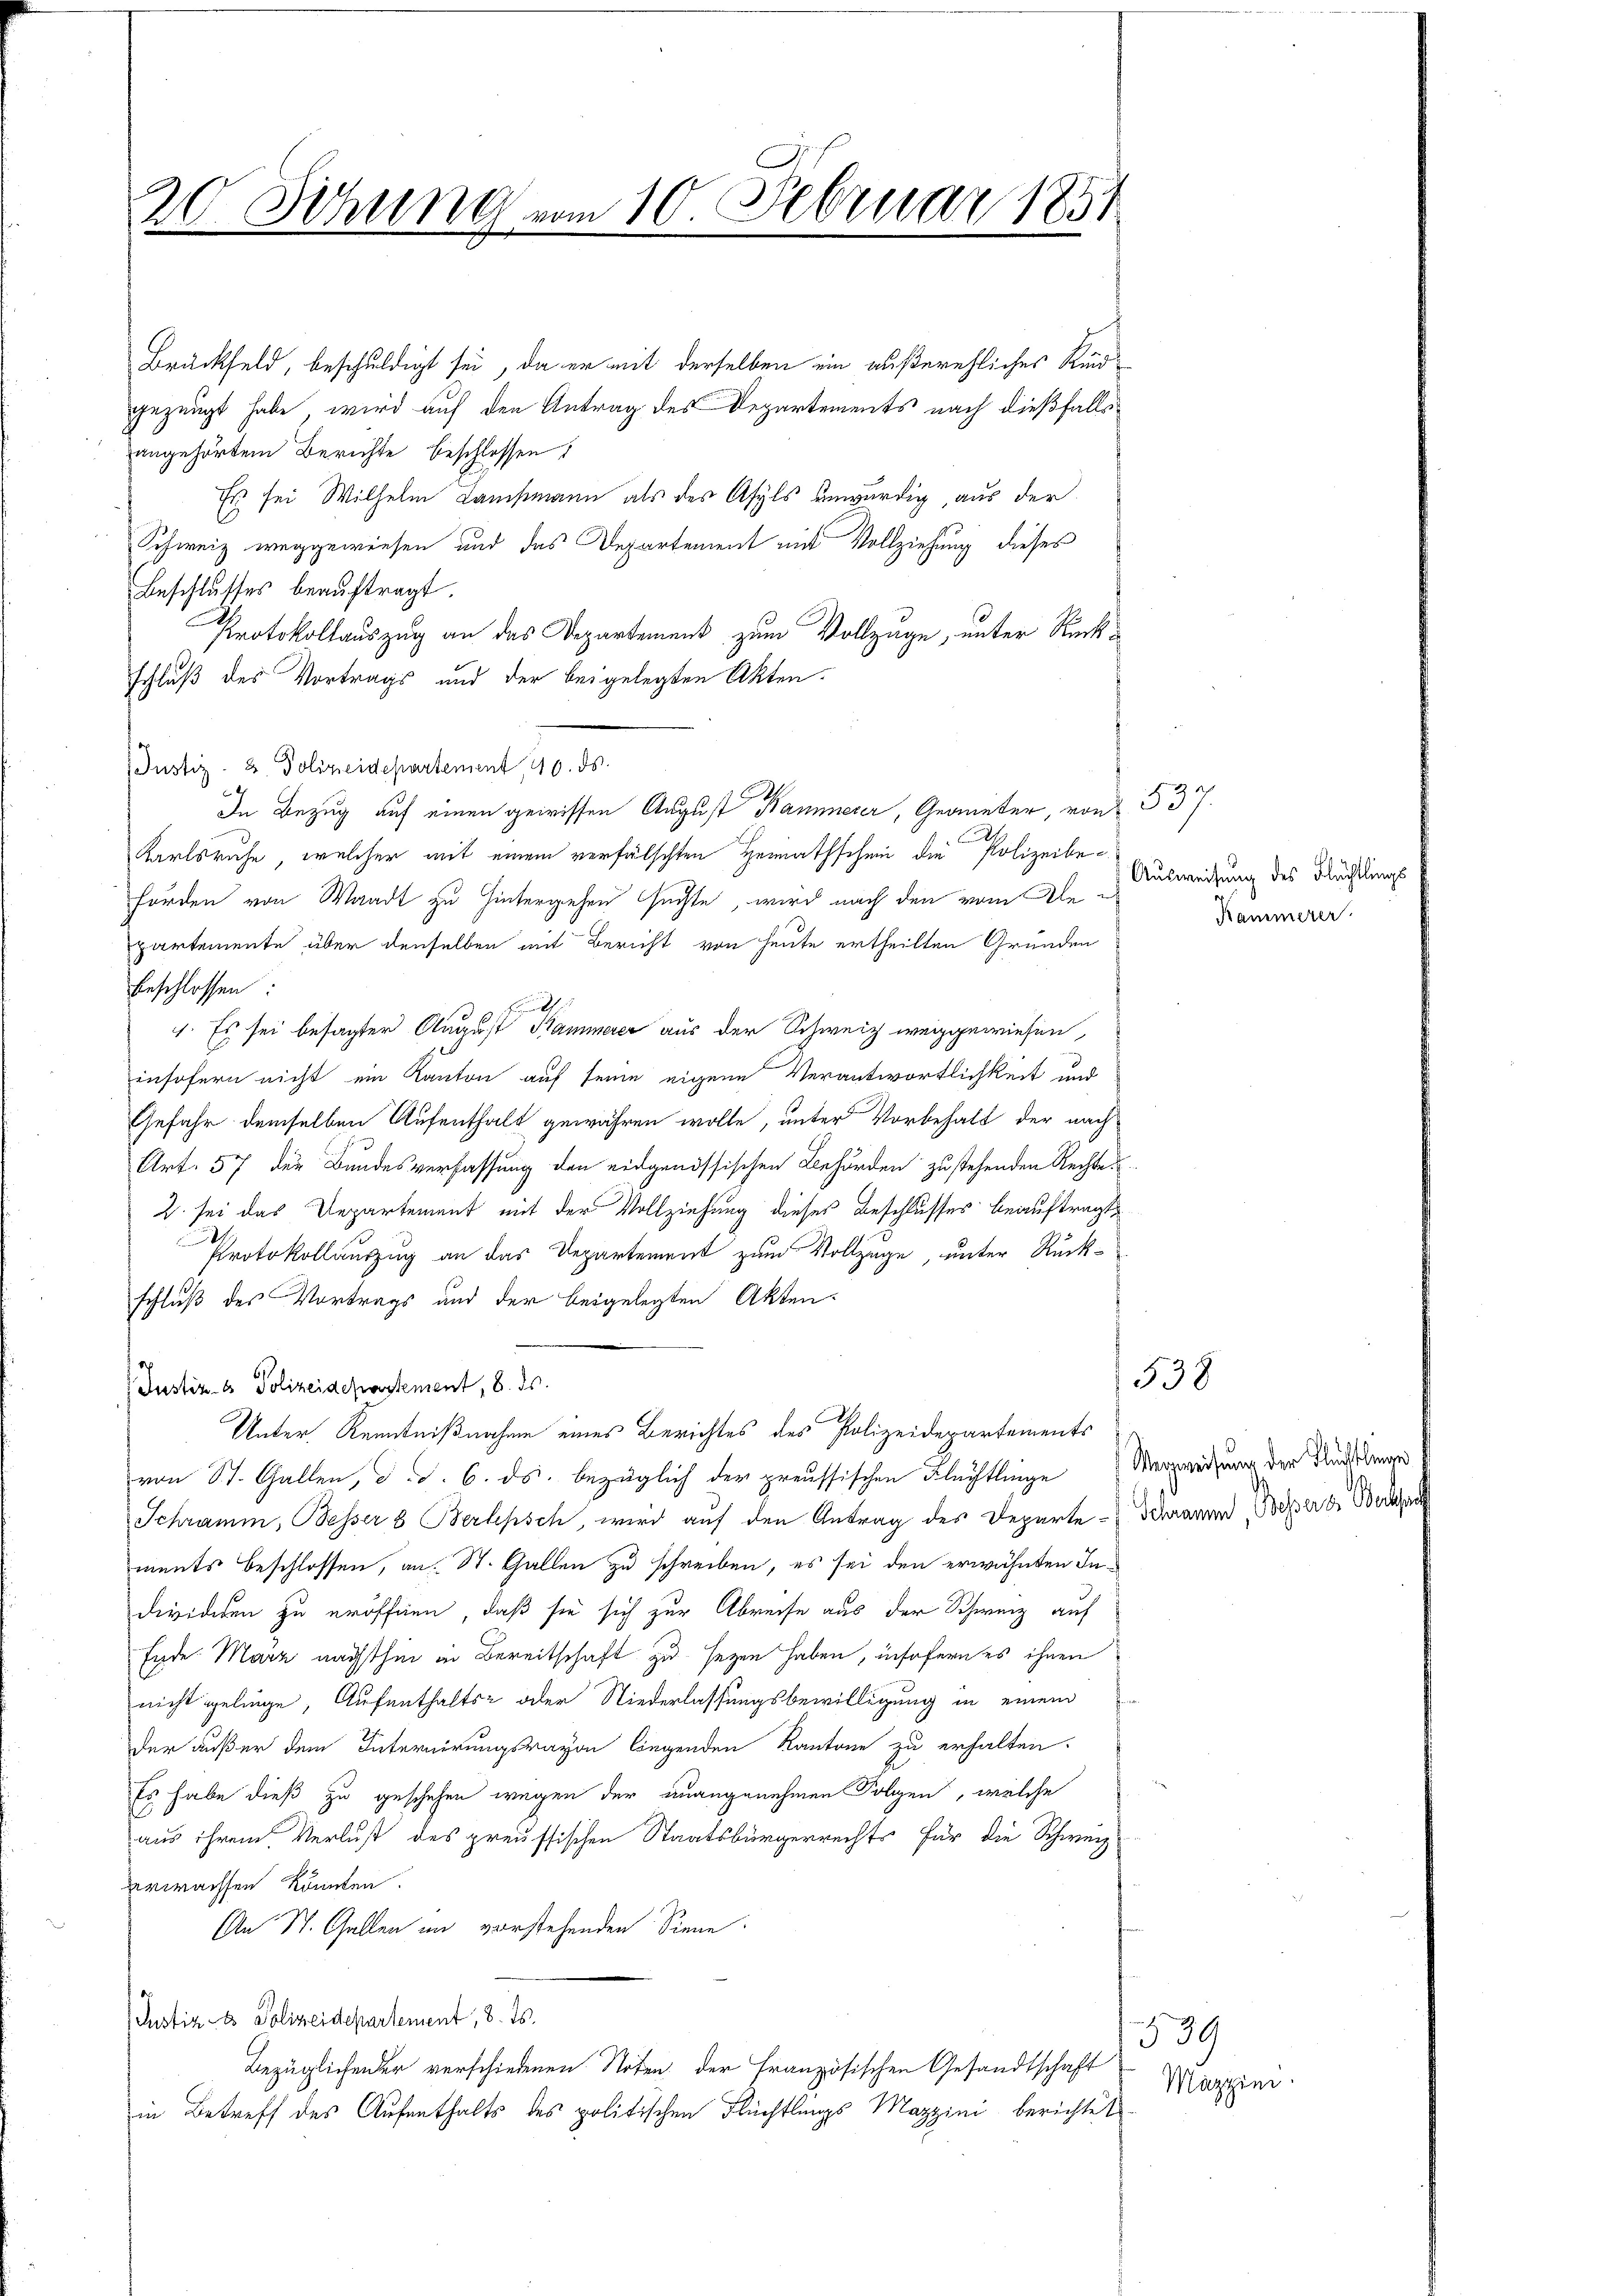
20 Sitzung vom 10. Februar 1831

Brückfeld, beschuldigt sei, da er mit derselben ein außerehliches Kindgezeugt habe, wird auf den Antrag des Departements nach dießfalls
angehörtem Berichte beschlossen:
Es sei Wilhelm Lausmann als des Asyls unwürdig, aus der
Schweiz weggewiesen und das Departement mit Vollziehung dieses
Beschlusses beauftragt.
Protokollauszug an das Departement zum Vollzuge, unter Rückschluß des Vortrags und der beigelegten Akten.
(Justiz- & Polizeidepartement 40. ds.
Karlsruhe, welcher mit einem verfälschten Heimathschen die Polizeibe¬
Förden von Waadt zu hintergehen suchte, wird nach den vom Alepartemente über denselben mit Bericht von heute ertheilten Gründen
beschlossen:
Eh
1. Es sei besagter August Kammerer aus der Schweiz weggewiesen,
insofern nicht ein Kanton auf seine eigene Verantwortlichkeit und
Gefahr demselben Aufenthalt gewähren wolle, unter Vorbehalt der nach
Art. 57 der Bundesverfassung den eidgenössischen Behörden zu stehenden Rechte
2. sei das Departement mit der Vollziehung dieses Beschlusses beauftragt
Protokollauszug an das Departement zum Vollzuge, unter Rückschluß des Vortrags und der beigelegten Akten.
Justiz- & Polizeidepartement, 8. ds.
Unter Kenntnißnahme eines Berichtes des Polizeidepartements
von St. Gallen, d. d. 6. ds. bezüglich der preussischen Flüchtlinge
Schramm, Besser 8 Berhpsch, wird auf den Antrag des Departe - Schramm, Besserer Bera
ments beschlossen, an St. Gallen zu schreiben, es sei den erwähnten Individiren zu eröffnen, daß sie sich zur Abreise aus der Schweiz auf
Ende. Marz nächsthin in Bereitschaft zu seyen haben, insofern es ihnen
nicht gelinge, Aufenthalts- oder Niederlassungsbewilligung in einem
der außer dem Internirungsravon liegenden Kantone zu erhalten.
Es habe dieß zu geschehen wegen der unangenehmen Folgen, welche
aus ihrem Verlust des preussischen Staatsbürgerrechts für die Schweiz
verwachsen könnten.
An St. Gallen im vorstehenden Sinne.
Justiz - Polizeidepartement, 8. ds.
Bezüglichender verschiedenen Noten der Französischen Gesandtschaft
in Betreff des Aufenthalts des politischen Flüchtlungs Mazzini berichtet

In Bezug auf einen gewissen August Kammerer, Geometer, von 537.

Ausweisung des Flächtlings
Kammerer

Verweisung der Flüchtlinge

538

539
Mazzini.